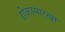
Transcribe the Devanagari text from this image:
ढोकासारखा